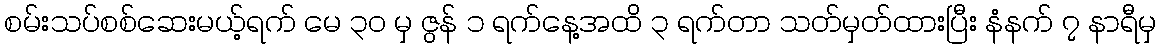
စမ်းသပ်စစ်ဆေးမယ့်ရက် မေ ၃၀ မှ ဇွန် ၁ ရက်နေ့အထိ ၃ ရက်တာ သတ်မှတ်ထားပြီး နံနက် ၇ နာရီမှ